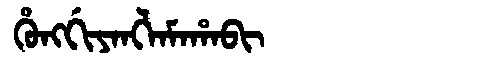
Manchu: ᡥᡠᠩᡤᡳᠶᠠᠩᠯᠠᠮᠠᡥᠠᠪᡳ
Romanization: HUNGGIYANGLAMAHABI